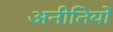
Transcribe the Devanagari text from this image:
अनीतियों